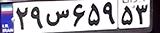
۲۹س۶۵۹۵۳